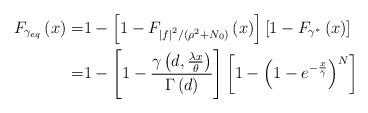
LaTeX: \begin{align*}F_{\gamma_{eq}}\left(x\right)= &1-\left[1-F_{\left|f\right|^2/\left(\rho^2+N_0\right)}\left(x\right)\right]\left[1-F_{\gamma^*}\left(x\right)\right] \\=& 1-\left[1-\frac{\gamma\left(d,\frac{\lambda x}{\theta}\right)}{\Gamma\left(d\right)}\right]\left[1-\left(1-e^{-\frac{x}{\bar{\gamma}}}\right)^N\right]\end{align*}